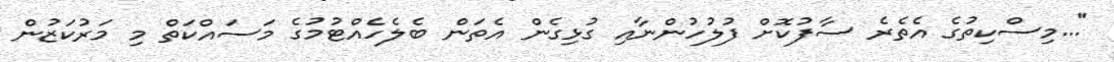
"...މިސްކިތުގެ އެތެރެ ސާފުކޮށް ފުލުހުންނާއި ގުޅިގެން އެތަން ބެލެހެއްޓުމުގެ މަސައްކަތް މި މަރުކަޒުން